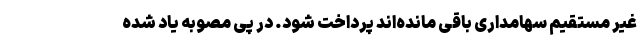
غیر مستقیم سهامداری باقی مانده‌اند پرداخت شود. در پی مصوبه یاد شده